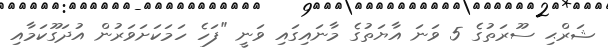
ޝަރްޙި ސޫރަތުގެ 5 ވަނަ އާޔަތުގެ މާނައިގައި ވަނީ "ފަހެ ހަމަކަށަވަރުން އުދަގޫކަމާއި